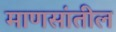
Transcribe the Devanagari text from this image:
माणसांतील